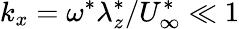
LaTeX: k_{x}=\omega^{\ast}\lambda_{z}^{\ast}/U_{\infty}^{\ast}\ll 1